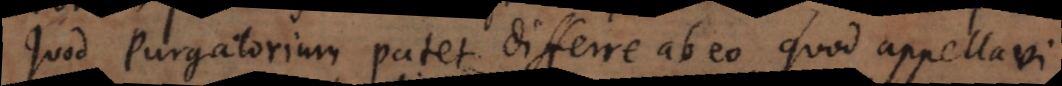
Quod Purgatorium patet differre ab eo quod appellavi